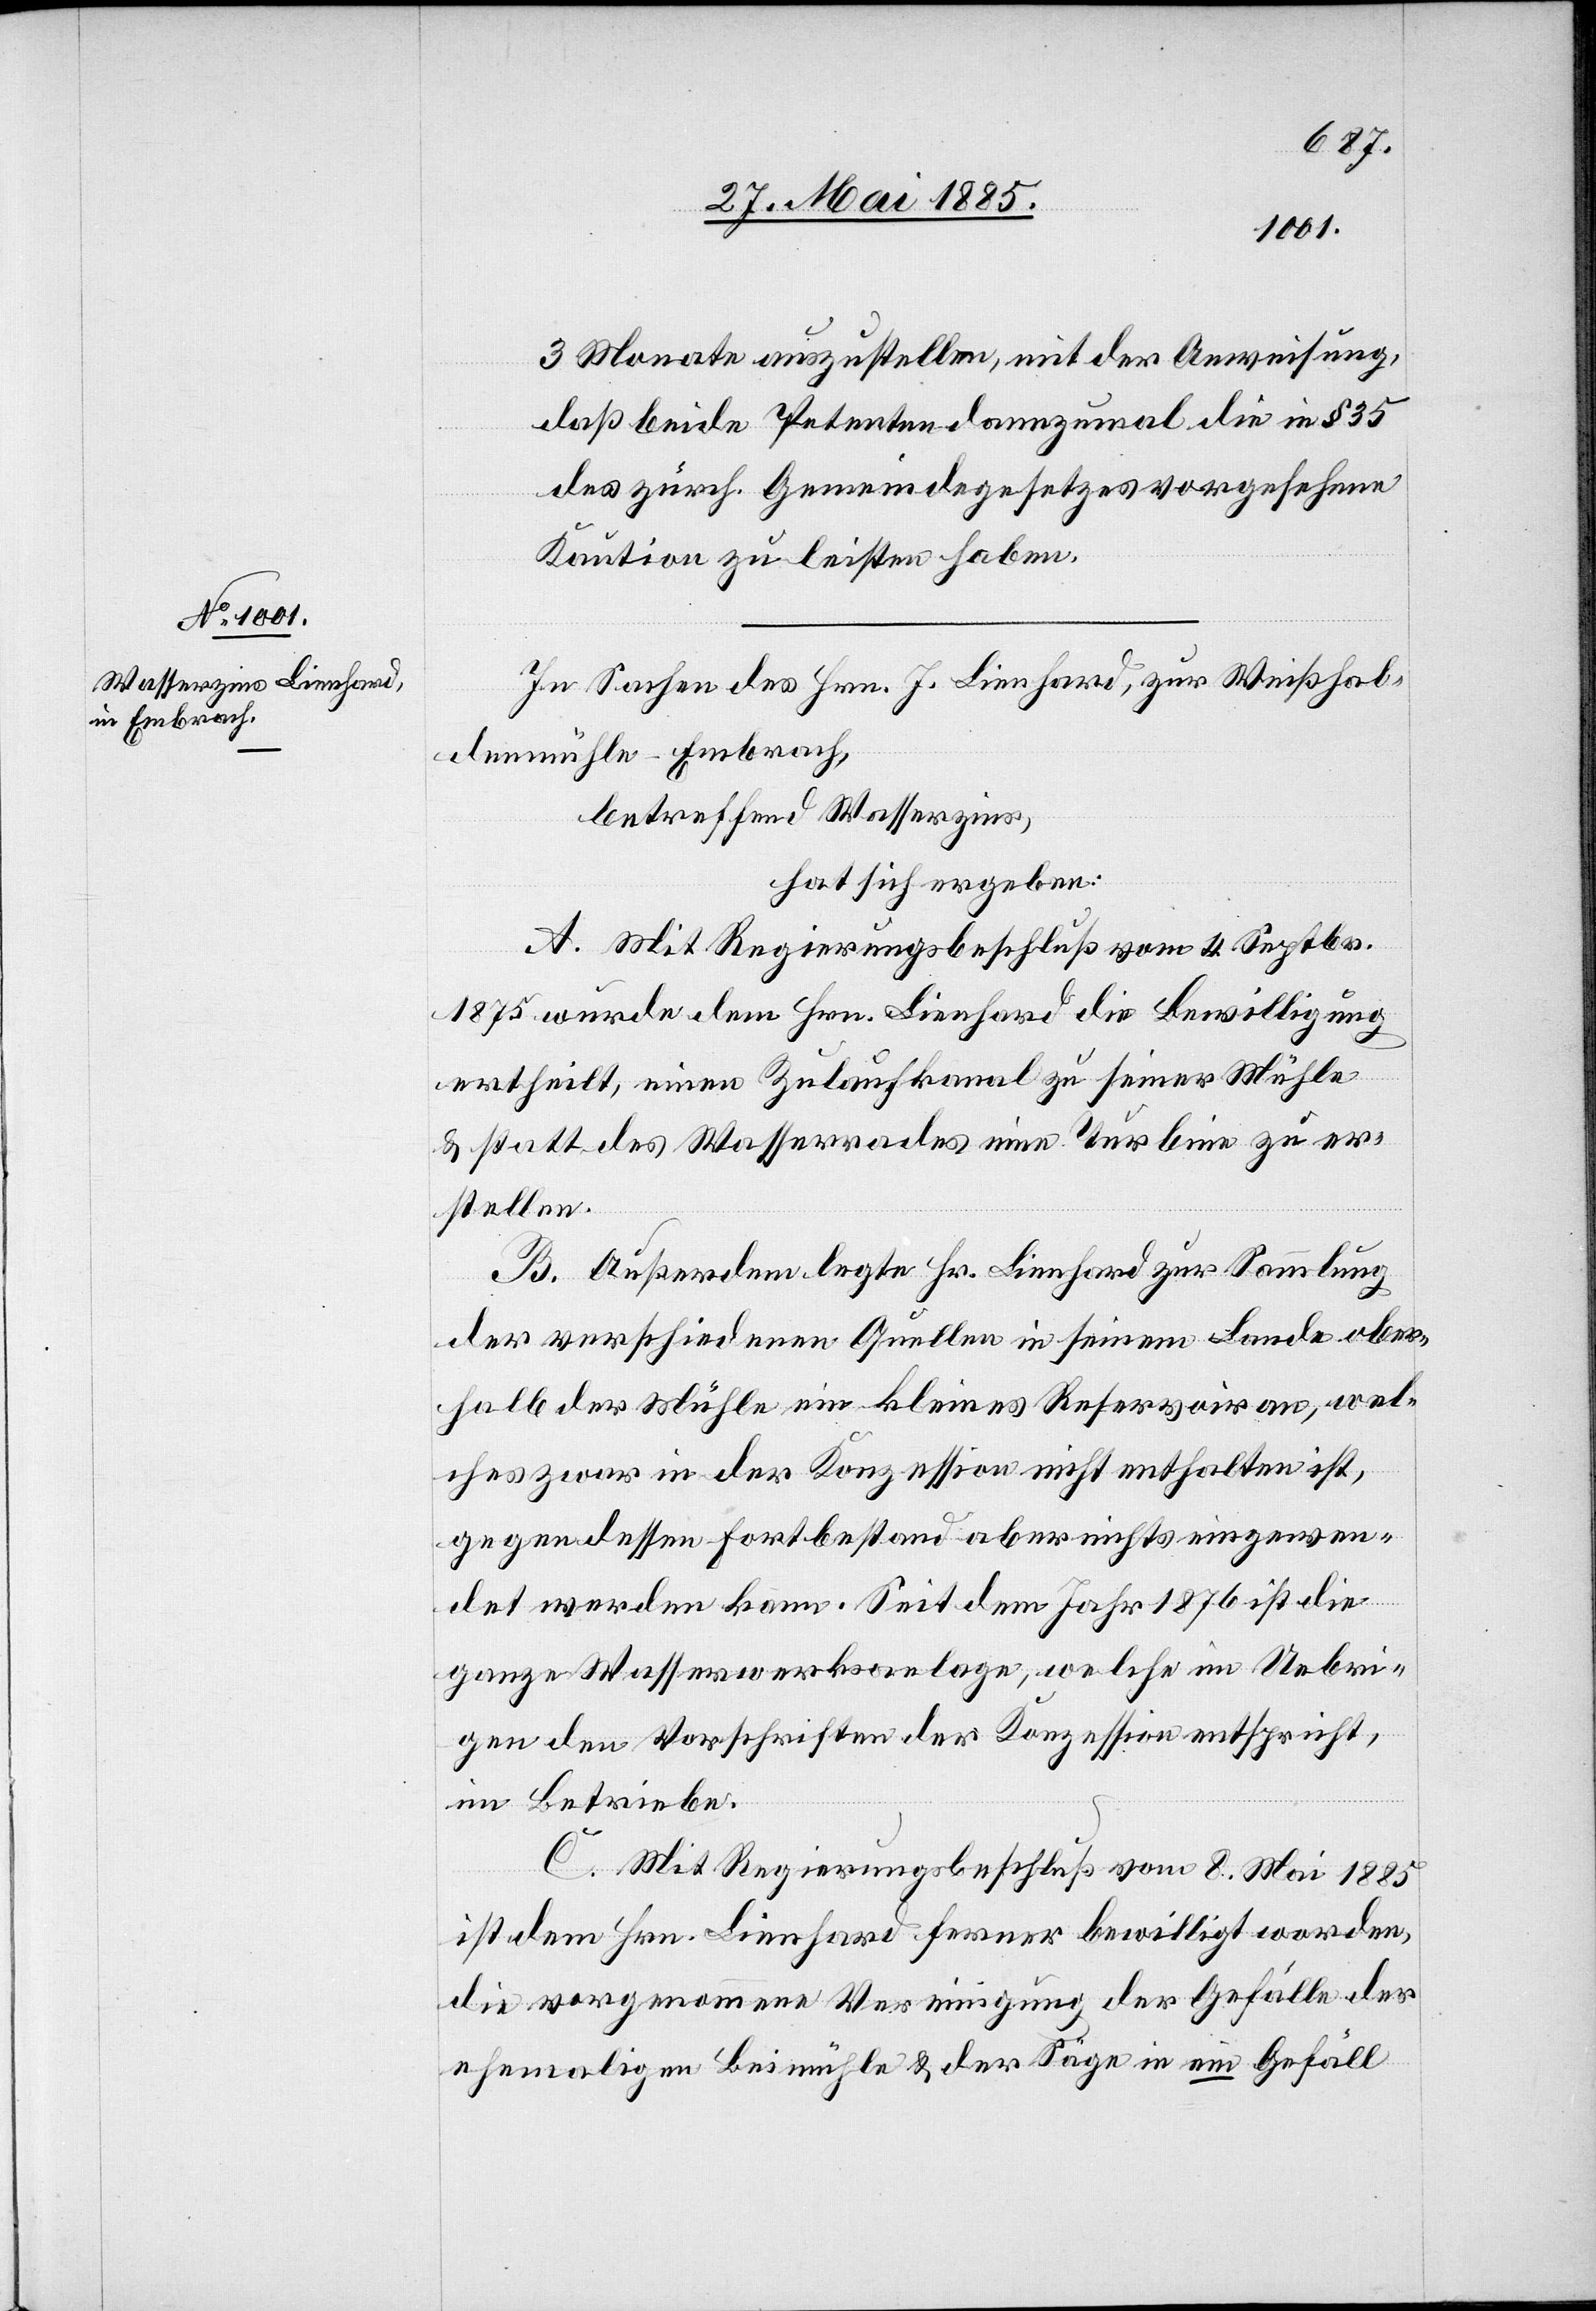
3 Monate auszustellen, mit der Anweisung,
daß beide Petenten dannzumal die in § 35
des zürch. Gemeindegesetzes vorgesehene
Kaution zu leisten haben.
In Sachen des Hrn. J. Lienhard, zur Weißhal¬
denmühle - Embrach,
betreffend Wasserzins,
hat sich ergeben:
A. Mit Regierungsbeschluß vom 4. Septbr.
1875 wurde dem Hrn. Lienhard die Bewilligung
ertheilt, einen Zulaufkanal zu seiner Mühle
& statt des Wasserrades eine Turbine zu er¬
stellen.
B. Außerdem legte Hr. Lienhard zur Sammlung
der verschiedenen Quellen in seinem Lande ober¬
halb der Mühle ein kleines Reservoir an, wel¬
ches zwar in der Konzession nicht enthalten ist,
gegen dessen Fortbestand aber nichts eingewen¬
det werden kann. Seit dem Jahr 1876 ist die
ganze Wasserwerksanlage, welche im Uebri¬
gen den Vorschriften der Konzession entspricht,
im Betriebe.
C. Mit Regierungsbeschluß vom 8. Mai 1885
ist dem Hrn. Lienhard ferner bewilligt worden,
die vorgenommene Vereinigung der Gefälle der
ehemaligen Beimühle & der Säge in ein Gefäll